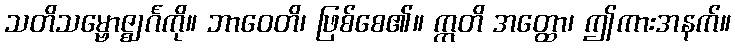
သတိသမ္ဗောဇ္ဈင်္ဂကို။ ဘာဝေတိ၊ ဖြစ်စေ၏။ ဣတိ အတ္ထော၊ ဤကားအနက်။